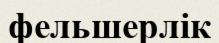
фельшерлік